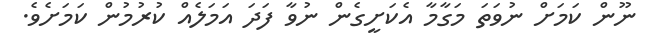
ނޫން ކަމަށް ނުވަތަ މަގާމާ އެކަށީގެން ނުވާ ފަދަ އަމަލެއް ކުރުމުން ކަމަށެވެ.